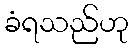
ခံရသည်ဟု